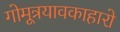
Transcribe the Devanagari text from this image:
गोमूत्रयावकाहारो